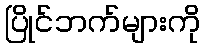
ပြိုင်ဘက်များကို